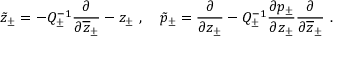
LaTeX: \tilde { z } _ { \pm } = - Q _ { \pm } ^ { - 1 } \displaystyle \displaystyle \frac { \partial } { \partial \overline { { { z } } } _ { \pm } } - z _ { \pm } ~ , ~ ~ ~ \tilde { p } _ { \pm } = \displaystyle \displaystyle \frac { \partial } { \partial z _ { \pm } } - Q _ { \pm } ^ { - 1 } \displaystyle \frac { \partial p _ { \pm } } { \partial z _ { \pm } } \displaystyle \displaystyle \frac { \partial } { \partial \overline { { { z } } } _ { \pm } } ~ .